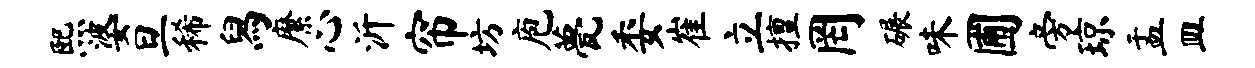
熙婆旦稀舄縻心沂帘坊庖甍委崔立擅罔碾味圃旁琼盂皿